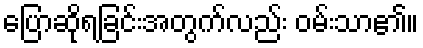
ပြောဆိုရခြင်းအတွက်လည်း ဝမ်းသာ၏။